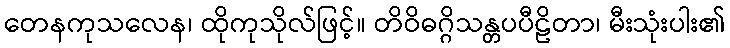
တေနကုသလေန၊ ထိုကုသိုလ်ဖြင့်။ တိဝိဓဂ္ဂိသန္တပပီဠိတာ၊ မီးသုံးပါး၏